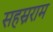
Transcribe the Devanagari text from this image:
सहस्रराम